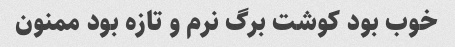
خوب بود کوشت برگ نرم و تازه بود ممنون